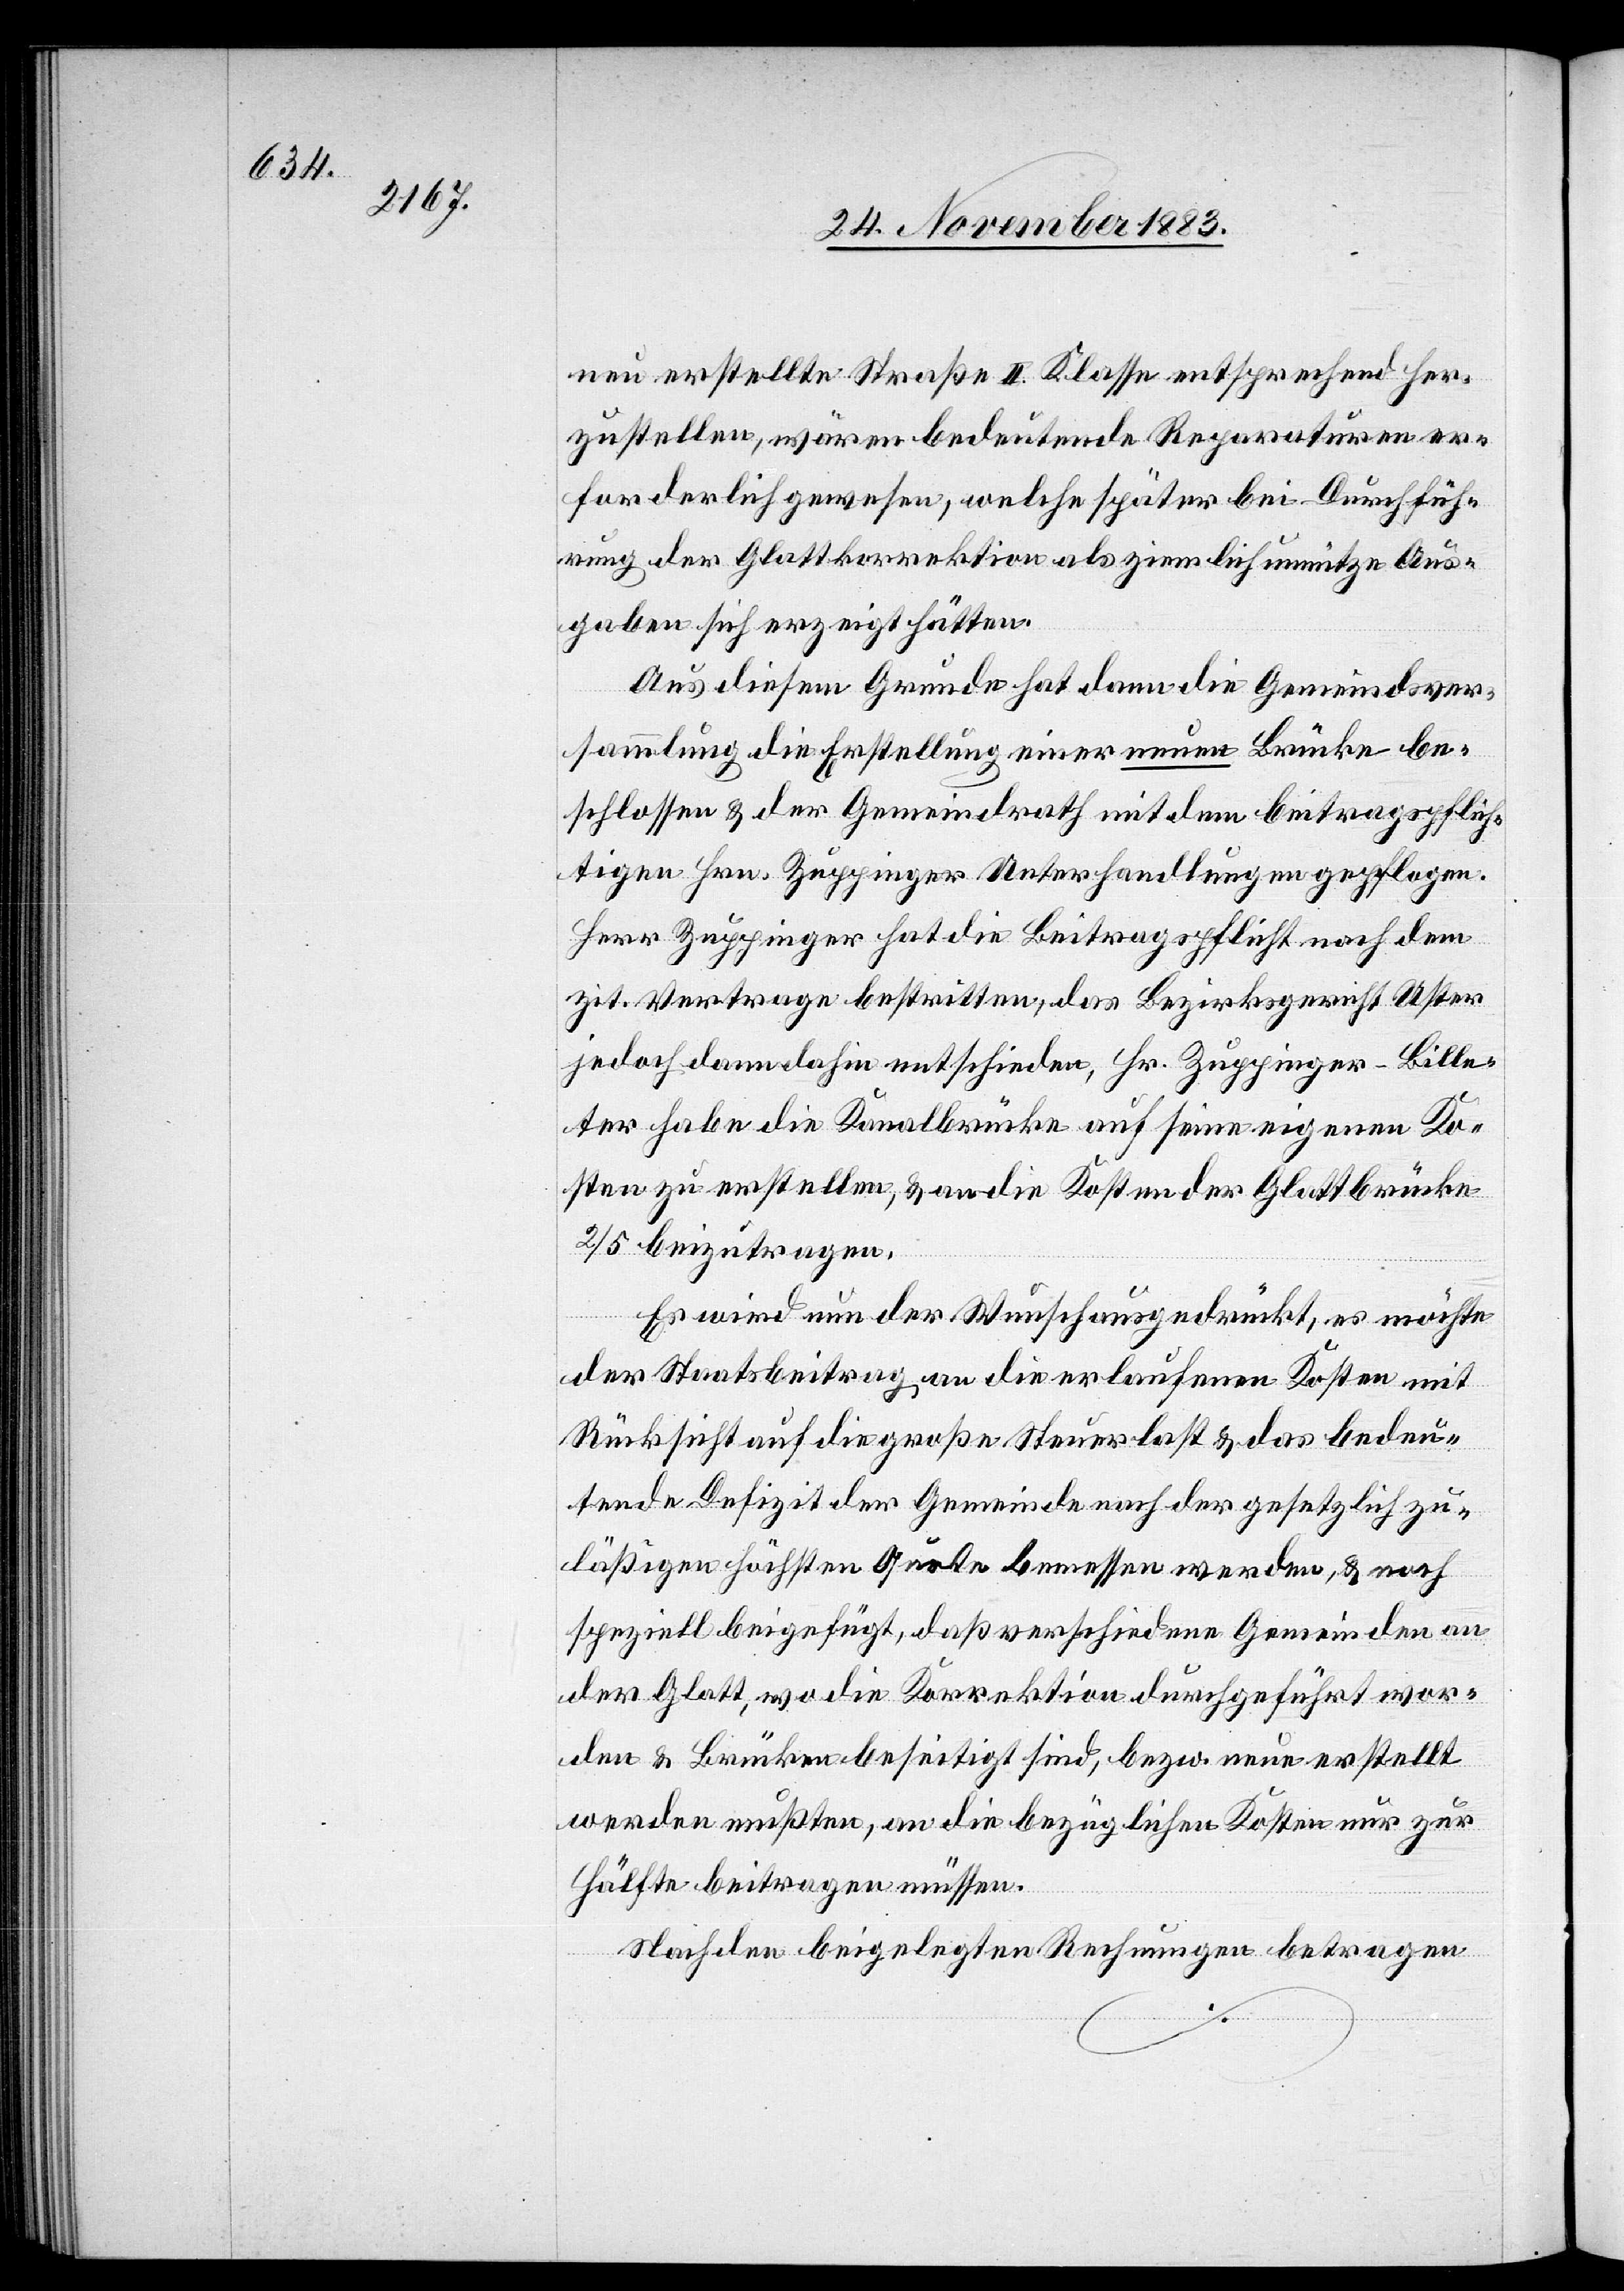
neu erstellte Straße II. Klasse entsprechend her¬
zustellen, wären bedeutende Reparaturen er¬
forderlich gewesen, welche später bei Durchfüh¬
rung der Glattkorrektion als ziemlich unnütze Aus¬
gaben sich erzeigt hätten.
Aus diesem Grunde hat dann die Gemeindsver¬
sammlung die Erstellung einer neuen Brücke be¬
schlossen & der Gemeindrath mit dem beitragspflich¬
tigen Hrn. Zuppinger Unterhandlungen gepflogen.
Herr Zuppinger hat die Beitragspflicht nach dem
zit. Vertrage bestritten, das Bezirksgericht Uster
jedoch dann dahin entschieden, Hr. Zuppinger-Bille¬
ter habe die Kanalbrücke auf seine eigenen Ko¬
sten zu erstellen, & an die Kosten der Glattbrücke
2/5 beizutragen.
Es wird nun der Wunsch ausgedrückt, es möchte
der Staatsbetrag an die erlaufenen Kosten mit
Rücksicht auf die große Steuerlast & das bedeu¬
tende Defizit der Gemeinde nach der gesetzlich zu¬
läßigen höchsten Quote bemessen werden, & noch
speziell beigefügt, daß verschiedene Gemeinden an
der Glatt, wo die Korrektion durchgeführt wor¬
den & Brücken beseitigt sind, bzw. neue erstellt
werden mußten, an die bezüglichen Kosten nur zur
Hälfte beitragen müssen.
Nach den beigelegten Rechnungen betragen